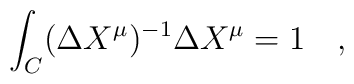
\int_C (\Delta X^{\mu})^{-1} \Delta X^{\mu}= 1 \quad ,